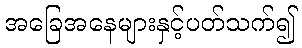
အခြေအနေများနှင့်ပတ်သက်၍